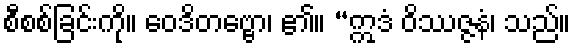
စီစစ်ခြင်းကို။ ဝေဒိတဗ္ဗော၊ ၏။ “ဣဒံ ဝိဿဇ္ဇနံ၊ သည်။